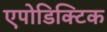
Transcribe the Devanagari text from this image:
एपोडिक्टिक